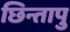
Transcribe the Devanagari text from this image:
छिन्तापु